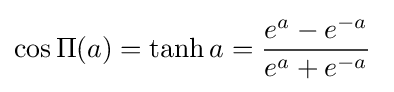
\cos \Pi (a)=\tanh a={\frac {e^{a}-e^{-a}}{e^{a}+e^{-a}}}\